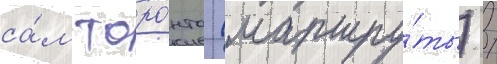
са́м торо́нто (маршру́ты) /